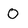
Character: O